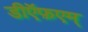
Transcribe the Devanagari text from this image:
डीऍफ़एम्